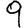
Digit: 9